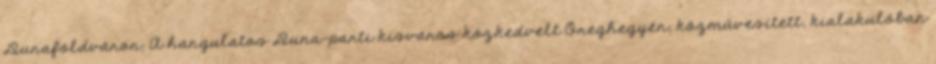
Dunaföldváron. A hangulatos Duna-parti kisváros közkedvelt Öreghegyén, közművesített, kialakulóban